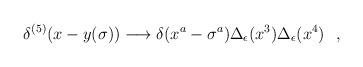
LaTeX: \begin{align*}\delta^{(5)}(x-y(\sigma)) \longrightarrow \delta(x^a-\sigma^a)\Delta_\epsilon(x^3)\Delta_\epsilon(x^4) \ \ ,\end{align*}